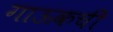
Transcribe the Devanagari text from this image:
गाऊकची